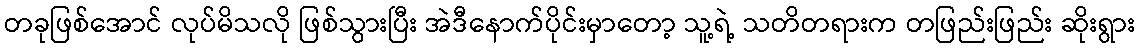
တခုဖြစ်အောင် လုပ်မိသလို ဖြစ်သွားပြီး အဲဒီနောက်ပိုင်းမှာတော့ သူ့ရဲ့ သတိတရားက တဖြည်းဖြည်း ဆိုးရွား